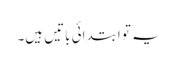
یہ تو ابتدائی باتیں ہیں۔